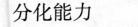
分化能力